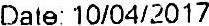
DATE: 10/04/2017